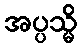
အပ္ပသ္မိ